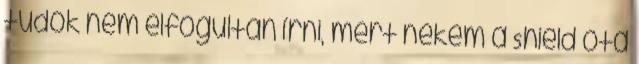
tudok nem elfogultan írni, mert nekem a Shield óta